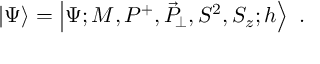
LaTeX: \left| \Psi \right\rangle = \left| \Psi ; M , P ^ { + } , \vec { P } _ { \! \perp } , S ^ { 2 } , S _ { z } ; h \right\rangle \ .